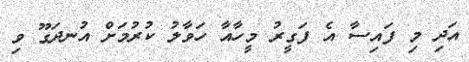
އަދި މި ފައިސާ އެ ފަގީރު މީހާއާ ހަވާލު ކުރުމަށް އުނދަގޫ ވި